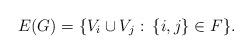
LaTeX: \begin{align*} E(G)=\{V_i\cup V_j:\: \{i,j\} \in F\}.\end{align*}